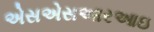
એસએસઆરઆઇ